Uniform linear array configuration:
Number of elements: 48
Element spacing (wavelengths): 0.25
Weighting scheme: cosine
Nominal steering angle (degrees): -15
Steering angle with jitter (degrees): -15.052
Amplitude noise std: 0.05
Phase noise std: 0.05

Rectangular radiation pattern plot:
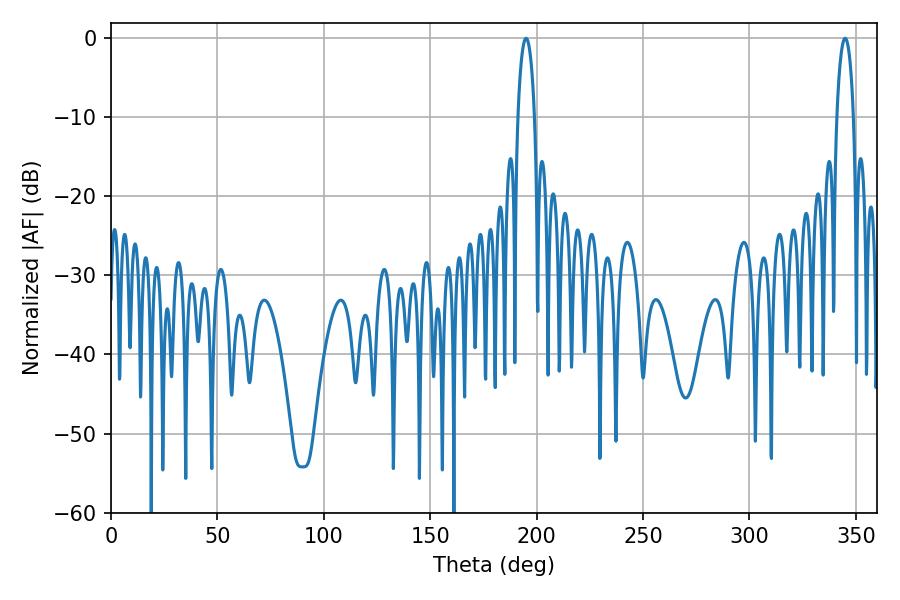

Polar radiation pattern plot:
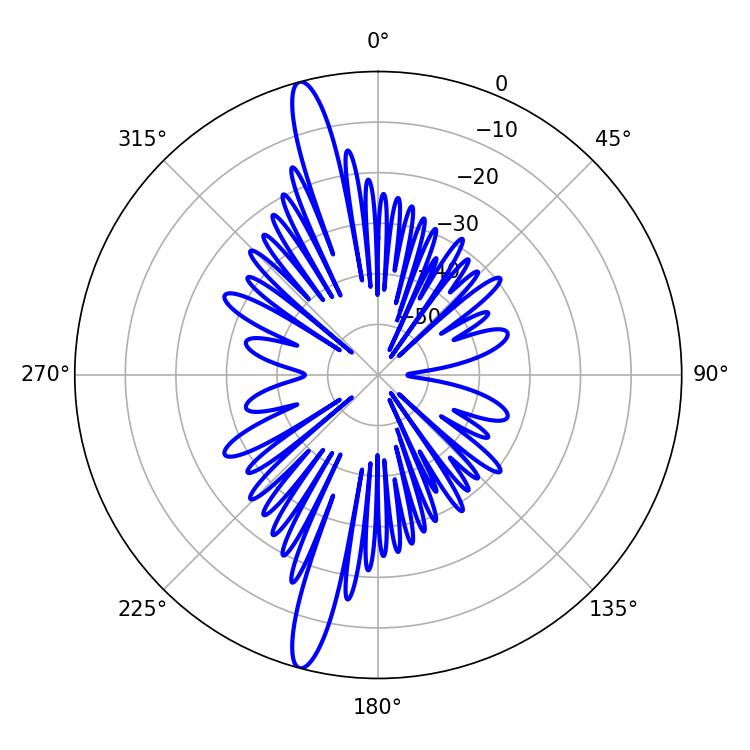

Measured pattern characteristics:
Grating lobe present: FALSE
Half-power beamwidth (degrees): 4.5
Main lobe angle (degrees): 195.12